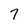
Character: 7